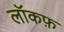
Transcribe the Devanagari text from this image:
लॉकफ़